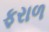
ફરાળ